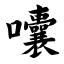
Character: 囔